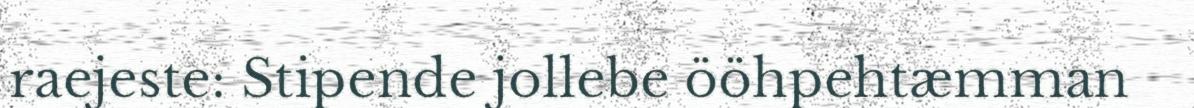
raejeste: Stipende jollebe ööhpehtæmman